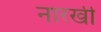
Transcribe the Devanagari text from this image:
नारखी